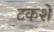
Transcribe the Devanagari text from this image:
टकशें